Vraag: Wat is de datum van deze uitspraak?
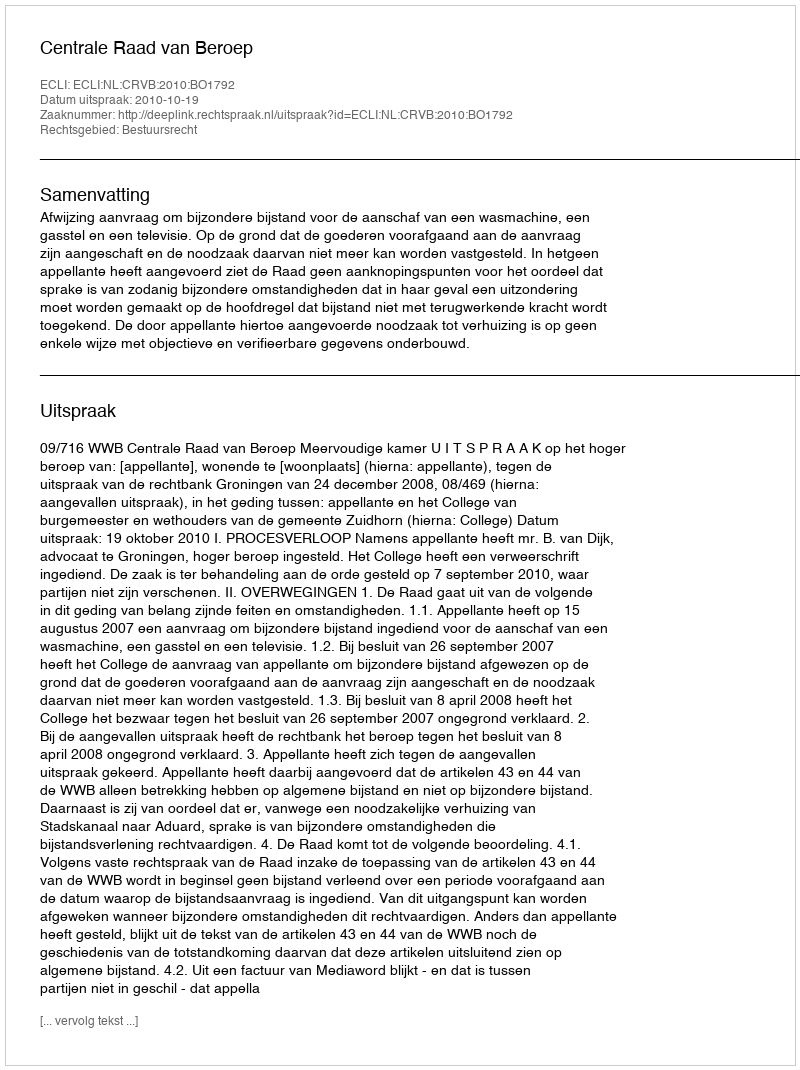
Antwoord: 2010-10-19